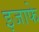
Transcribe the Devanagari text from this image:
इजाफे